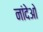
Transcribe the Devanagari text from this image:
नांदेओ